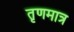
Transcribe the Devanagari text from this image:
तृणमात्र